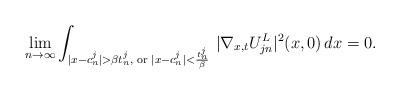
LaTeX: \begin{align*}\lim_{n\to\infty}\int_{|x-c^j_n|>\beta t^j_n,\,\,{\rm or}\,\,|x-c^j_n|<\frac{t^j_n}{\beta}}\,|\nabla_{x,t}U^L_{jn}|^2(x,0)\,dx=0.\end{align*}